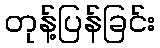
တုန့်ပြန်ခြင်း